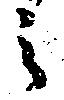
之